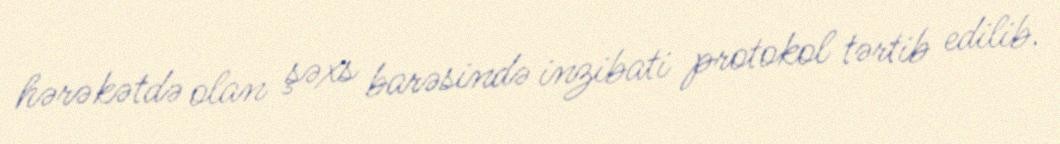
hərəkətdə olan şəxs barəsində inzibati protokol tərtib edilib.